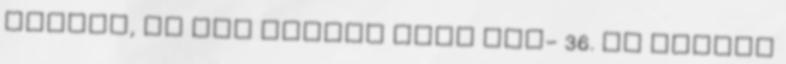
belőle, és nem ártott néki sem− 36. És támadt